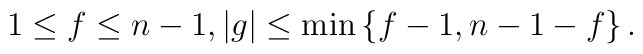
1\leq f\leq n-1 ,   |g|\leq\min\left\{ f-1,n-1-f\right\} .